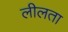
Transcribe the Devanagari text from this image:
लीलता